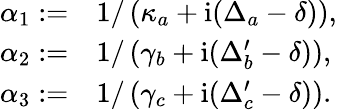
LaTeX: \begin{array}{rl}{\alpha_{1}:=}&{1/\left(\kappa_{a}+\mathrm{i}(\Delta_{a}-\delta)\right),}\\ {\alpha_{2}:=}&{1/\left(\gamma_{b}+\mathrm{i}(\Delta_{b}^{\prime}-\delta)\right),}\\ {\alpha_{3}:=}&{1/\left(\gamma_{c}+\mathrm{i}(\Delta_{c}^{\prime}-\delta)\right).}\end{array}